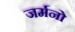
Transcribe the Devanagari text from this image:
जर्मनो